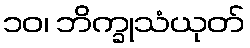
၁၀၊ ဘိက္ခုသံယုတ်